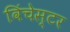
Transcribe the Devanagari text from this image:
विंचेस्‍टर